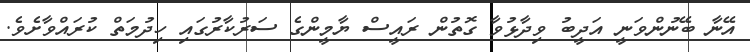
އޭނާ ބޭނުންވަނީ އަދީބު ވިދާޅުވާ ގޮތުން ރައީސް ޔާމީންގެ ސަރުކާރުގައި ހިދުމަތް ކުރައްވާށެވެ.